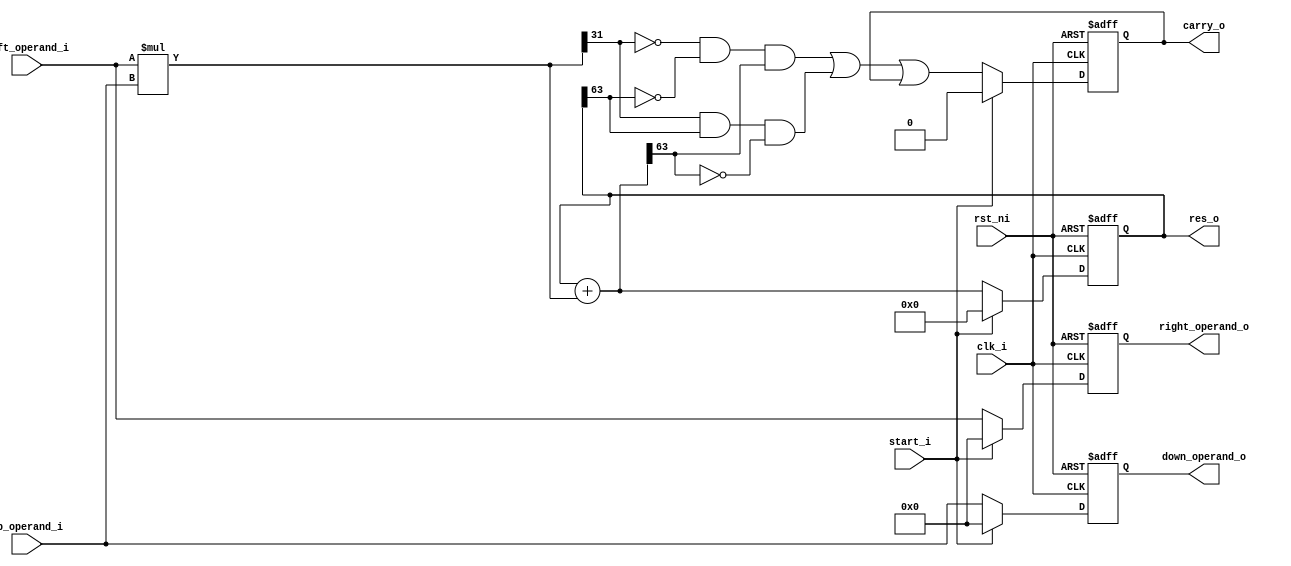
//
// Verilog Module Multiplexer_Accelarator_lib.aritmetic_block
//
// Created:
//          by - rossy.UNKNOWN (SHOHAM)
//          at - 12:52:41 01/19/2024
//
// using Mentor Graphics HDL Designer(TM) 2019.2 (Build 5)
//

`resetall
`timescale 1ns/10ps
module aritmetic_block (clk_i, rst_ni, start_i, left_operand_i,
 up_operand_i, right_operand_o, down_operand_o, res_o, carry_o);

   // PARAMERES
	parameter DATA_WIDTH = 16; // width of the data BUS in bits
	parameter BUS_WIDTH = 64; // width of the BUS in bits
	parameter ADDR_WIDTH = 8; // width of addres BUS in bits
	localparam MAX_DIM = BUS_WIDTH/DATA_WIDTH; // max dimension of the matrix
	parameter SP_NTARGETS = 4; // number of optionally matrix targets in ScratchPad 
    
	// inputs
	input wire clk_i; // clock
	input wire rst_ni; //reset 
	input wire start_i; // start bit
	input wire signed [DATA_WIDTH-1:0] left_operand_i; // left input to PE
	input wire signed [DATA_WIDTH-1:0] up_operand_i; // up input to PE

    // outputs
	output reg signed [DATA_WIDTH-1:0] right_operand_o; // right output to PE
	output reg signed [DATA_WIDTH-1:0] down_operand_o; // down output to PE
	output wire signed [BUS_WIDTH-1:0] res_o; // sum of 4 nums can cause a carry of 2 digits
	output wire carry_o; // the output carry of the PE 
	wire signed [BUS_WIDTH-1:0] temp_mul; //temporary variable that saves the multiply result
	wire signed [BUS_WIDTH-1:0] temp_add;
	reg signed [BUS_WIDTH-1:0] temp_res;
	reg current_carry;


	always @(posedge clk_i or negedge rst_ni) begin: PE_BLOCK
		if(!rst_ni)
		begin
			temp_res <= 0;  // reset the result of PE element
			right_operand_o <= 0; // reset the right output of the PE 
			down_operand_o <= 0; // reset the down output of the PE
			current_carry <= 0;
		end 
		else 
		begin
			if(start_i)
			begin
				temp_res <= 0; // reset the result of PE element
				right_operand_o <= 0; // reset the right output of the PE
				down_operand_o <= 0; // reset the down output of the PE
				current_carry <= 0;
			end
			else
			begin
				temp_res <= temp_add;
				right_operand_o <= left_operand_i; // transfer the input to this PE to the next PE
				down_operand_o <= up_operand_i; // transfer the input to this PE to the next PE
				current_carry <= ((~temp_mul[BUS_WIDTH-1] & ~temp_res[BUS_WIDTH-1] & temp_add[BUS_WIDTH-1]) | (temp_mul[BUS_WIDTH-1] & temp_res[BUS_WIDTH-1] & ~temp_add[BUS_WIDTH-1]) | current_carry);
			end
		end
	end
	assign temp_mul = left_operand_i * up_operand_i; // multiply the inputs
	assign res_o = temp_res[BUS_WIDTH-1:0];
	assign carry_o = current_carry;
	assign temp_add = temp_res + temp_mul;
endmodule